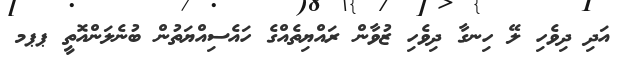
އަދި ދިވެހި ލޭ ހިނގާ ދިވެހި ޒުވާން ރައްޔިތެއްގެ ހައެސިއްޔަތުން ބުނެލަންއޮތީ ޕޕމ